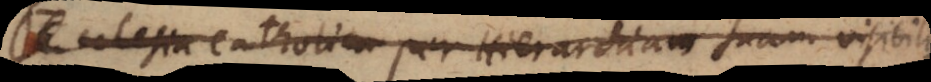
Ecclesia Catholica per Hierarchiam suam visibilis